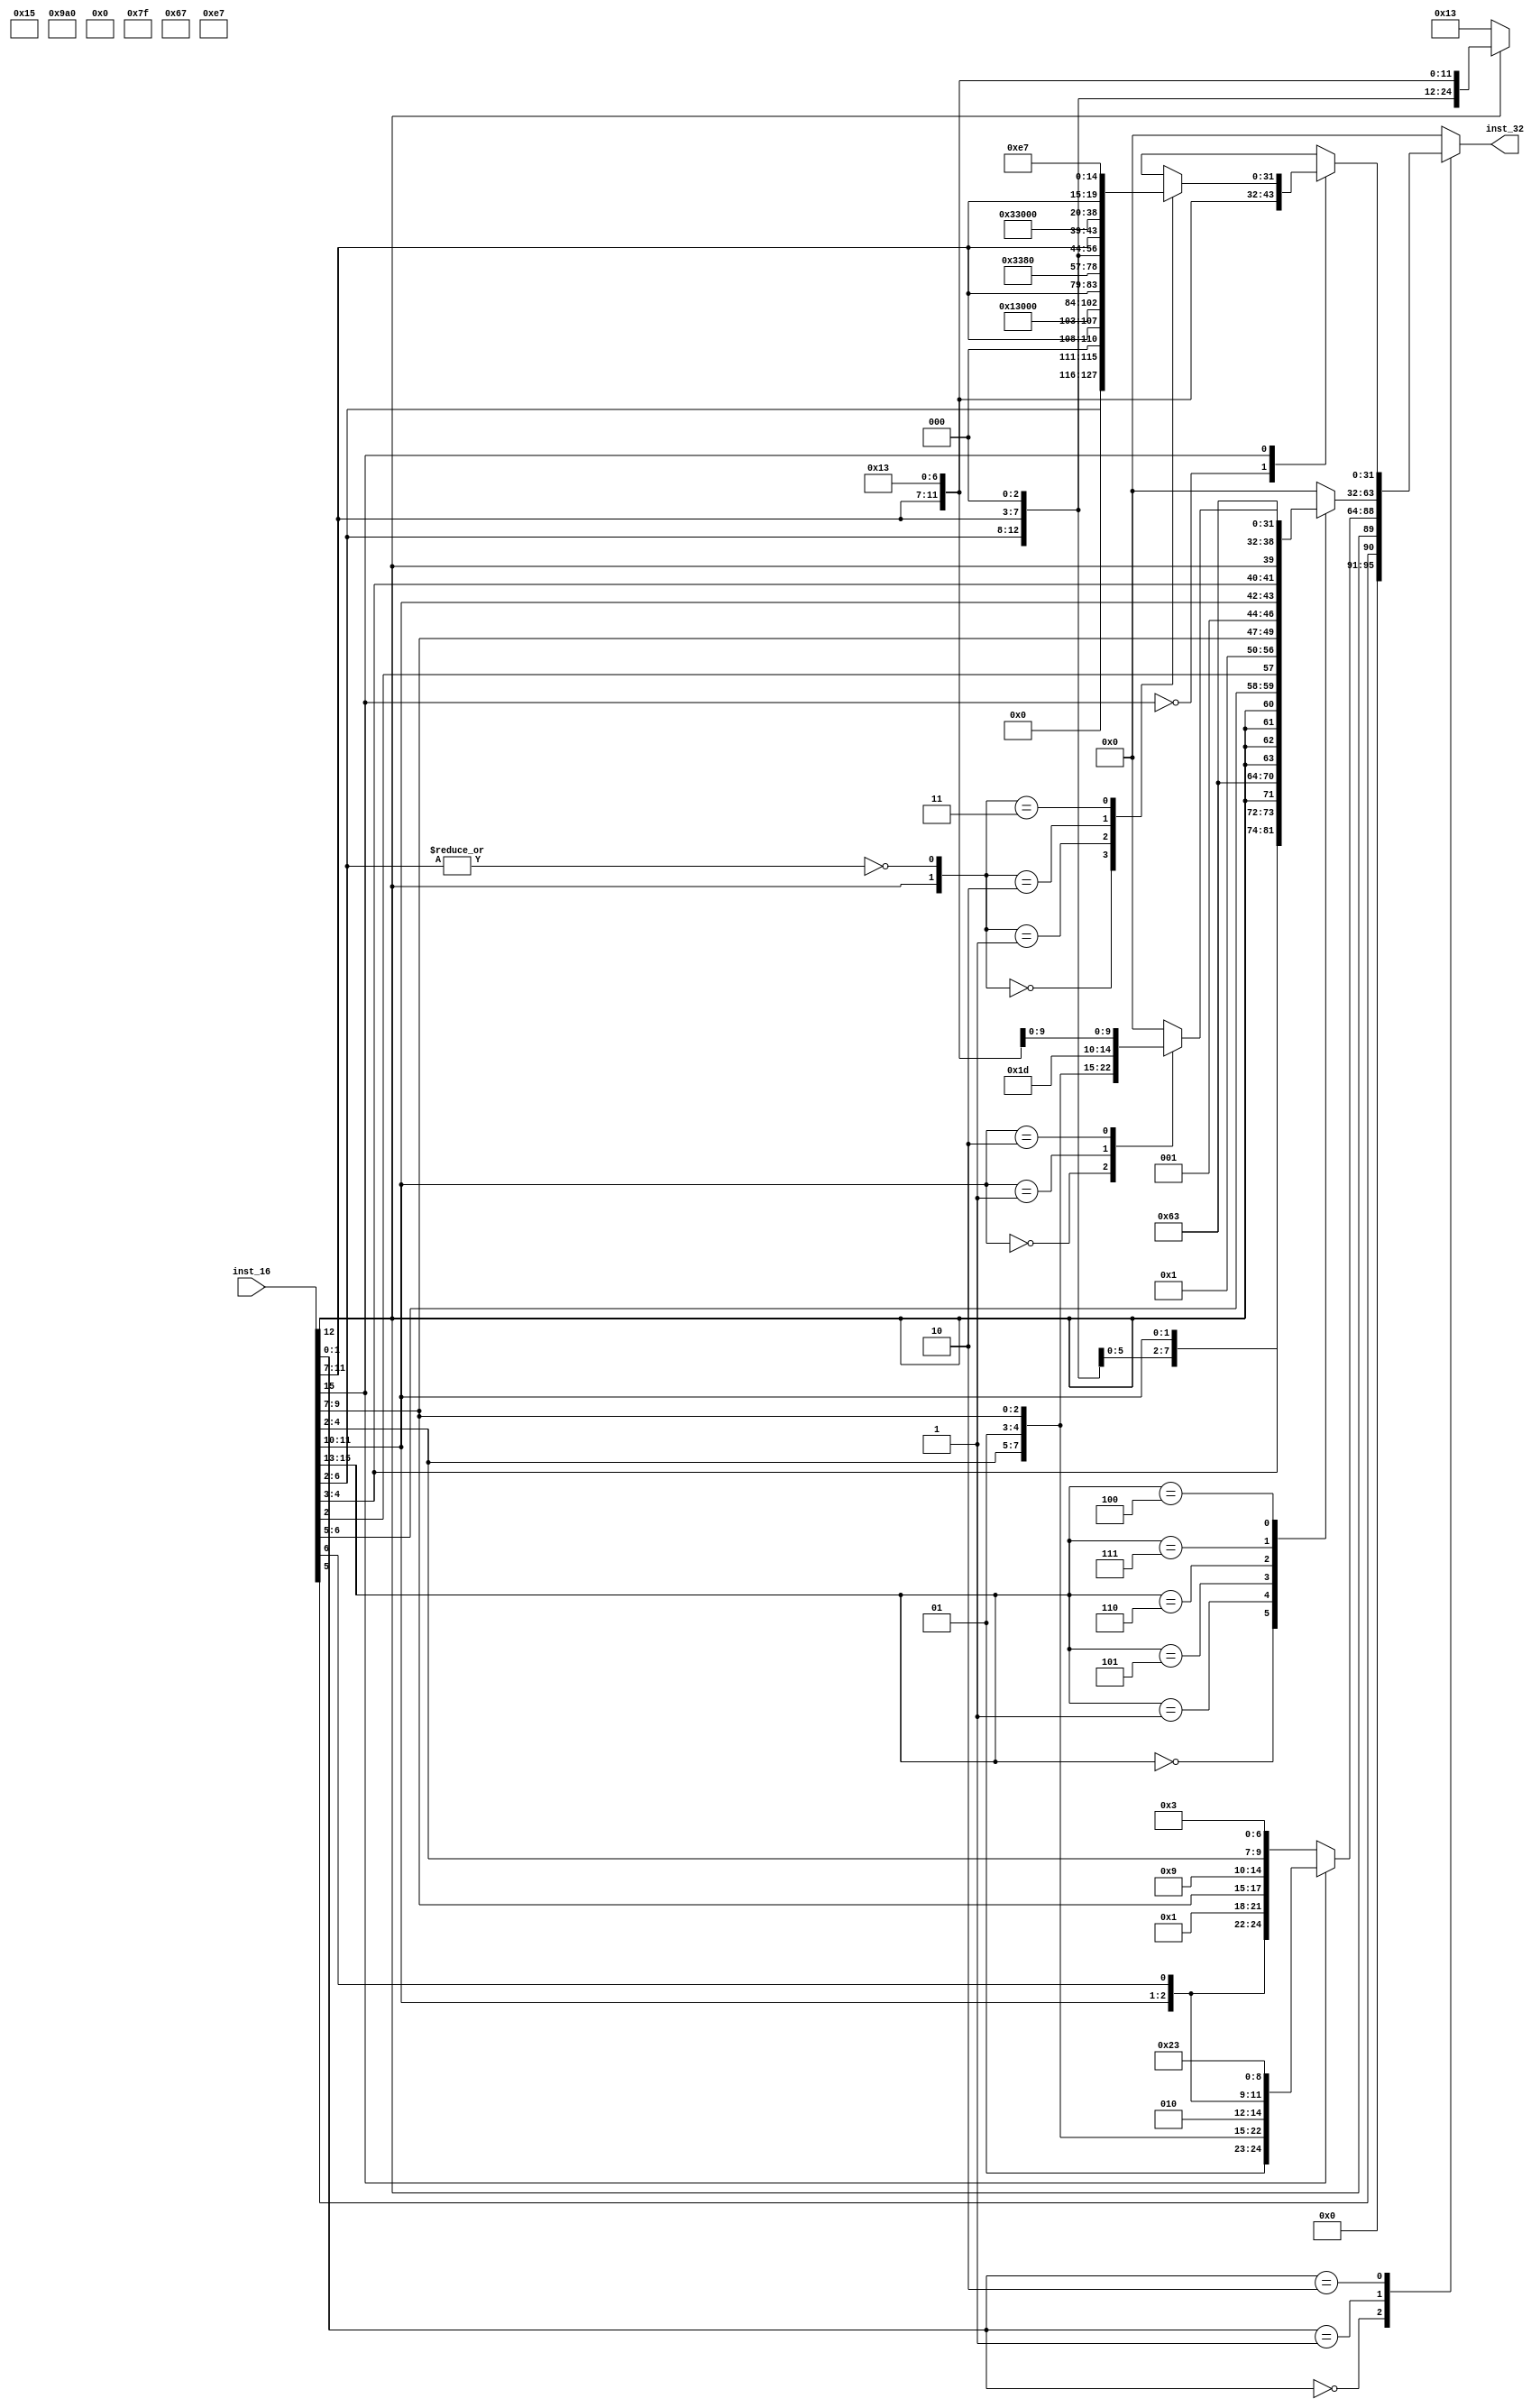
module Decompressor(inst_16,
                    inst_32
    );
    /* ==================== IO ==================== */
    input      [15:0] inst_16;
    output reg [31:0] inst_32;
    /* ================= WIRE/REG ================= */
    wire [1:0] C     ;
    wire [2:0] fun3  ;

    wire [2:0] rd_rs2;
    wire [2:0] rs1   ;
    wire [6:0] imm_ls;

    wire       imm_12;
    wire [4:0] imm_rs2;
    wire [4:0] rd_rs1;
    wire       imm_rs2_eqz;
    wire [1:0] sel_comb;
    wire [20:1]jal_addr;
    wire [12:1]bra_addr;
    wire [6:0] IOP,SBOP,UJOP;
    /* ================== Conti =================== */
    assign C      = inst_16[1:0];
    assign fun3   = inst_16[15:13];
    //C0 DECODER
    assign rd_rs2 = inst_16[4:2];
    assign rs1    = inst_16[9:7];
    assign imm_ls = {inst_16[5],inst_16[12:10],inst_16[6],2'b0};

    //C2 DECODER
    assign imm_12 = inst_16[12];
    assign imm_rs2= inst_16[6:2];
    assign rd_rs1 = inst_16[11:7];
    assign imm_rs2_eqz = ~|(imm_rs2);
    assign sel_comb = {imm_12,imm_rs2_eqz};

    assign jal_addr = {{10{inst_16[12]}},inst_16[8],inst_16[10:9],inst_16[6],inst_16[7],inst_16[2],inst_16[11],inst_16[5:3]};
    assign bra_addr = {{5{inst_16[12]}},inst_16[6:5],inst_16[2],inst_16[11:10],inst_16[4:3]};

    //opcode
    assign IOP  = 7'b0010011;
    assign SBOP = 7'b1100011;
    assign UJOP = 7'b1100111;
    /* ================ Combination =============== */
    always @(*) begin
        case (C)
            2'b00:begin  //C0 for C.LW or C.SW
                if (fun3[2]==1'b0) inst_32 = {{5'b0,imm_ls},{2'b01,rs1},3'b010,{2'b01,rd_rs2},7'b0000011};   //LW(I)
                else inst_32 = {{5'b0,imm_ls[6:5]},{2'b01,rd_rs2},{2'b01,rs1},3'b010,imm_ls[4:0],7'b0100011};//SW(S)
            end 
            2'b01:begin  //C1
                case (fun3)
                    3'b000:begin
                        if (imm_12) inst_32 = {{{7{imm_12}},imm_rs2},rd_rs1,3'b000,rd_rs1,IOP};//ADDI(I)
                        else inst_32 = {25'b0,IOP};                                            //NOP = ADDI(I) {12'b0,5'b0,3'b000,5'b0,7'b0010011}
                    end
                    3'b001:inst_32 = {jal_addr[20],jal_addr[10:1],jal_addr[11],jal_addr[19:12],5'b1,UJOP};                 //JAL(UJ)
                    3'b101:inst_32 = {jal_addr[20],jal_addr[10:1],jal_addr[11],jal_addr[19:12],5'b0,UJOP};                 //J = jal(UJ)
                    3'b110:inst_32 = {bra_addr[12],bra_addr[10:5],5'b0,{2'b01,rs1},3'b000,bra_addr[4:1],bra_addr[11],SBOP};//BEQZ(SB)
                    3'b111:inst_32 = {bra_addr[12],bra_addr[10:5],5'b0,{2'b01,rs1},3'b001,bra_addr[4:1],bra_addr[11],SBOP};//BNEZ(SB)
                    3'b100:begin
                        case (rd_rs1[4:3])
                            2'b00:inst_32 = {7'b0000000,imm_rs2,{2'b01,rs1},3'b101,{2'b01,rs1},IOP};    //SRLI be care for immed (I)
                            2'b01:inst_32 = {7'b0100000,imm_rs2,{2'b01,rs1},3'b101,{2'b01,rs1},IOP};    //SRAI be care for immed (I)        
                            2'b10:inst_32 = {{{7{imm_12}},imm_rs2},{2'b01,rs1},3'b111,{2'b01,rs1},IOP}; //ANDI(I)             
                            default:inst_32 = 32'b0;   //for debug
                        endcase
                    end
                    default:inst_32 = 32'b0;   //for debug
                endcase
            end
            2'b10:begin  //C2
                case (fun3[2]) // combine select signal trade off betewwn AT
                    1'b0:inst_32 = {{{7{imm_12}},imm_rs2},rd_rs1,3'b001,rd_rs1,IOP};        // SLLI
                    1'b1:begin
                        case (sel_comb)
                            2'b00:inst_32 = {12'b0,imm_rs2,3'b000,rd_rs1,IOP};              //MV = ADDI(I)
                            2'b01:inst_32 = {12'b0,rd_rs1,3'b000,5'b0,7'b1100111};          //JR = JALR(I)
                            2'b10:inst_32 = {7'b0,imm_rs2,rd_rs1,3'b000,rd_rs1,7'b0110011}; //ADD(R)                   
                            2'b11:inst_32 = {12'b0,rd_rs1,3'b000,5'b1,7'b1100111};          //JALR(I)
                        endcase
                    end 
                endcase
            end
            default:inst_32 = 32'b0; //for debug 
        endcase
    end
    
endmodule